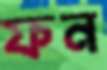
ফন